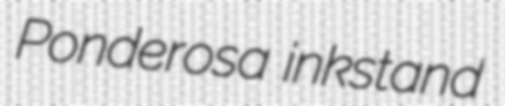
Ponderosa inkstand